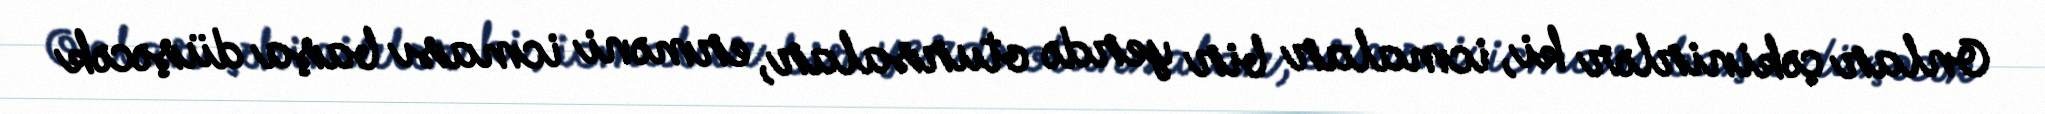
Onlar çəkinirlər ki, icmalar bir yerdə otursalar, erməni icması başa düşəcək